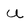
Character: U